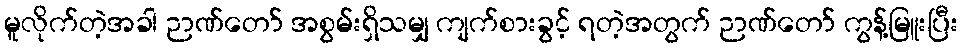
မူလိုက်တဲ့အခါ ဉာဏ်တော် အစွမ်းရှိသမျှ ကျက်စားခွင့် ရတဲ့အတွက် ဉာဏ်တော် ကွန့်မြူးပြီး